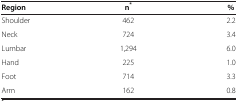
<table><thead><tr><td><b>Region</b></td><td><b>n<sup>*</sup></b></td><td><b>%</b></td></tr></thead><tbody><tr><td>Shoulder</td><td>462</td><td>2.2</td></tr><tr><td>Neck</td><td>724</td><td>3.4</td></tr><tr><td>Lumbar</td><td>1,294</td><td>6.0</td></tr><tr><td>Hand</td><td>225</td><td>1.0</td></tr><tr><td>Foot</td><td>714</td><td>3.3</td></tr><tr><td>Arm</td><td>162</td><td>0.8</td></tr></tbody></table>